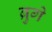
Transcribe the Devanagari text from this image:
ब्रुगे